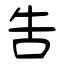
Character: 吿